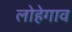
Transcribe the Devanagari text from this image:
लोहेगाव